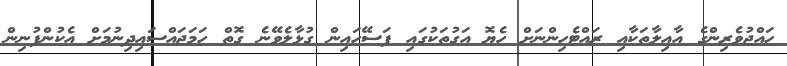
ހައްޖުވެރިންގެ އާއިލާތަކާއި ރައްޓެހިންނަށް ހެޔޮ އަގުތަކުގައި ފަސޭހައިން ގުޅާލެވޭނެ ގޮތް ހަމަޖައްސައިދިނުމަށް އެކުންފުނިން